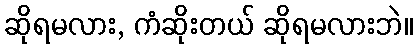
ဆိုရမလား, ကံဆိုးတယ် ဆိုရမလားဘဲ။